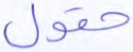
حقول